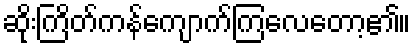
ဆိုးကြိတ်ကန်ကျောက်ကြလေတော့၏။